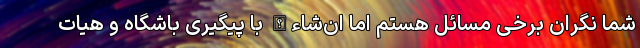
شما نگران برخی مسائل هستم اما ان‌شاءالله با پیگیری باشگاه و هیات